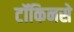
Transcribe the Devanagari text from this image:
टॉकिनसे